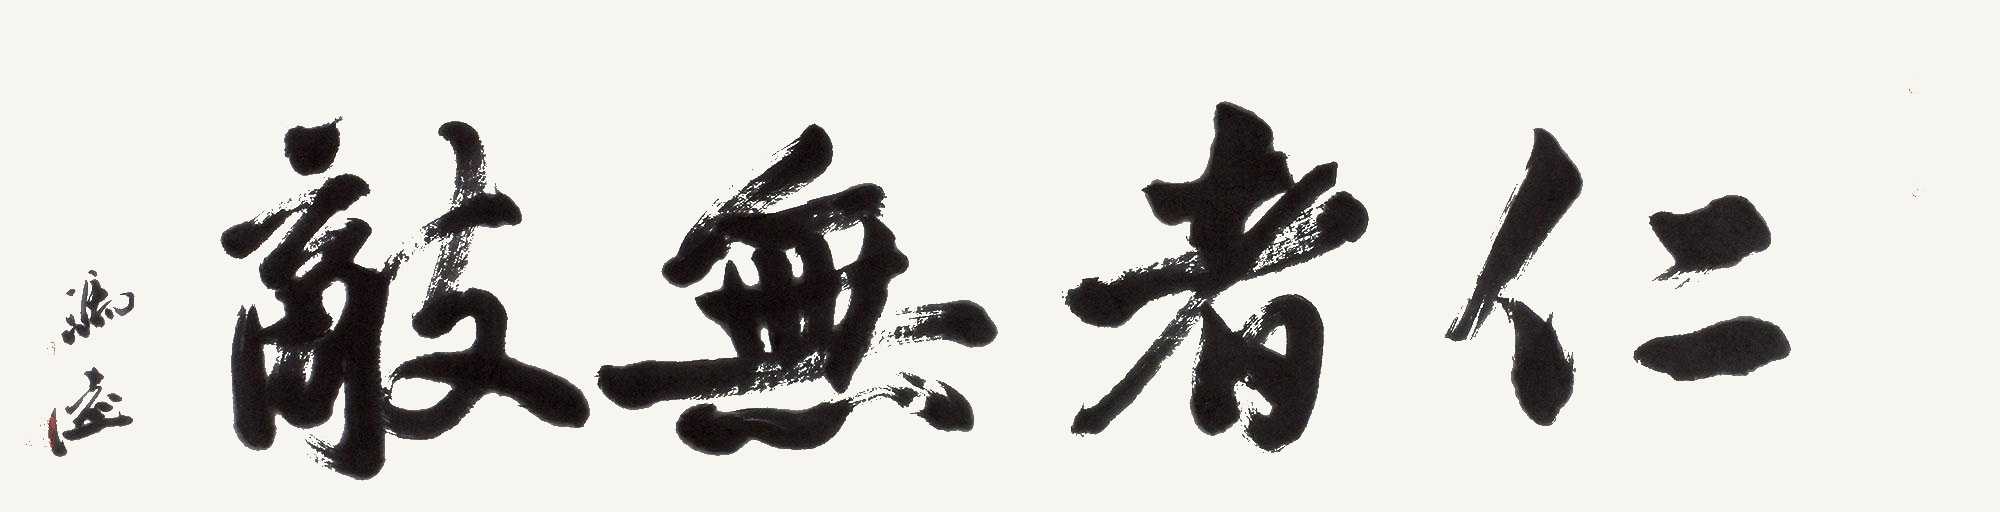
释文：仁者无敌冯远。